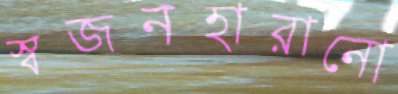
স্বজনহারানো